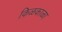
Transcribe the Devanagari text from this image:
किळकाळा